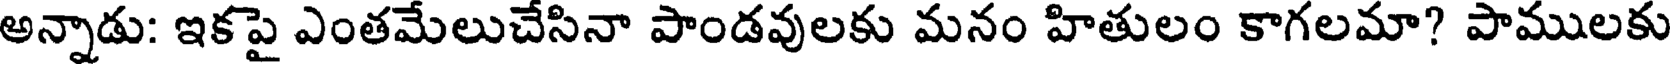
అన్నాడు: ఇకపై ఎంతమేలుచేసినా పాండవులకు మనం హితులం కాగలమా? పాములకు